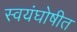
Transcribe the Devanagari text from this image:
स्वयंघोषीत